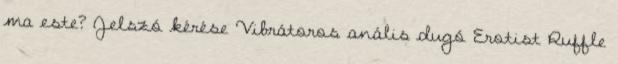
ma este? Jelszó kérése Vibrátoros anális dugó Erotist Ruffle